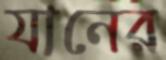
যানের